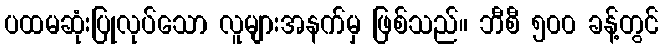
ပထမဆုံးပြုလုပ်သော လူများအနက်မှ ဖြစ်သည်။ ဘီစီ ၅၀၀ ခန့်တွင်